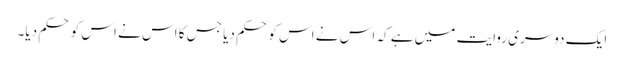
ایک دوسری روایت میں ہے کہ اس نے اس کو حکم دیا جس کا اس نے اس کو حکم دیا۔